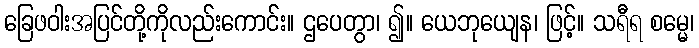
ခြေဖဝါးအပြင်တို့ကိုလည်းကောင်း။ ဌပေတွာ၊ ၍။ ယေဘုယျေန၊ ဖြင့်။ သရီရ စမ္မေ၊